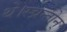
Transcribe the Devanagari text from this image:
थे।स्च्रन्तोन्